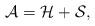
LaTeX: \begin{align*}\mathcal{A}=\mathcal{H}+\mathcal{S},\end{align*}